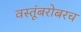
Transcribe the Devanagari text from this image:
वस्तूंबरोबरच